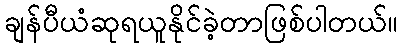
ချန်ပီယံဆုရယူနိုင်ခဲ့တာဖြစ်ပါတယ်။